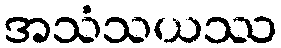
အသံသယဿ